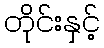
တိုင်းနှင့်